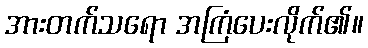
အားတက်သရော အကြံပေးလိုက်၏။